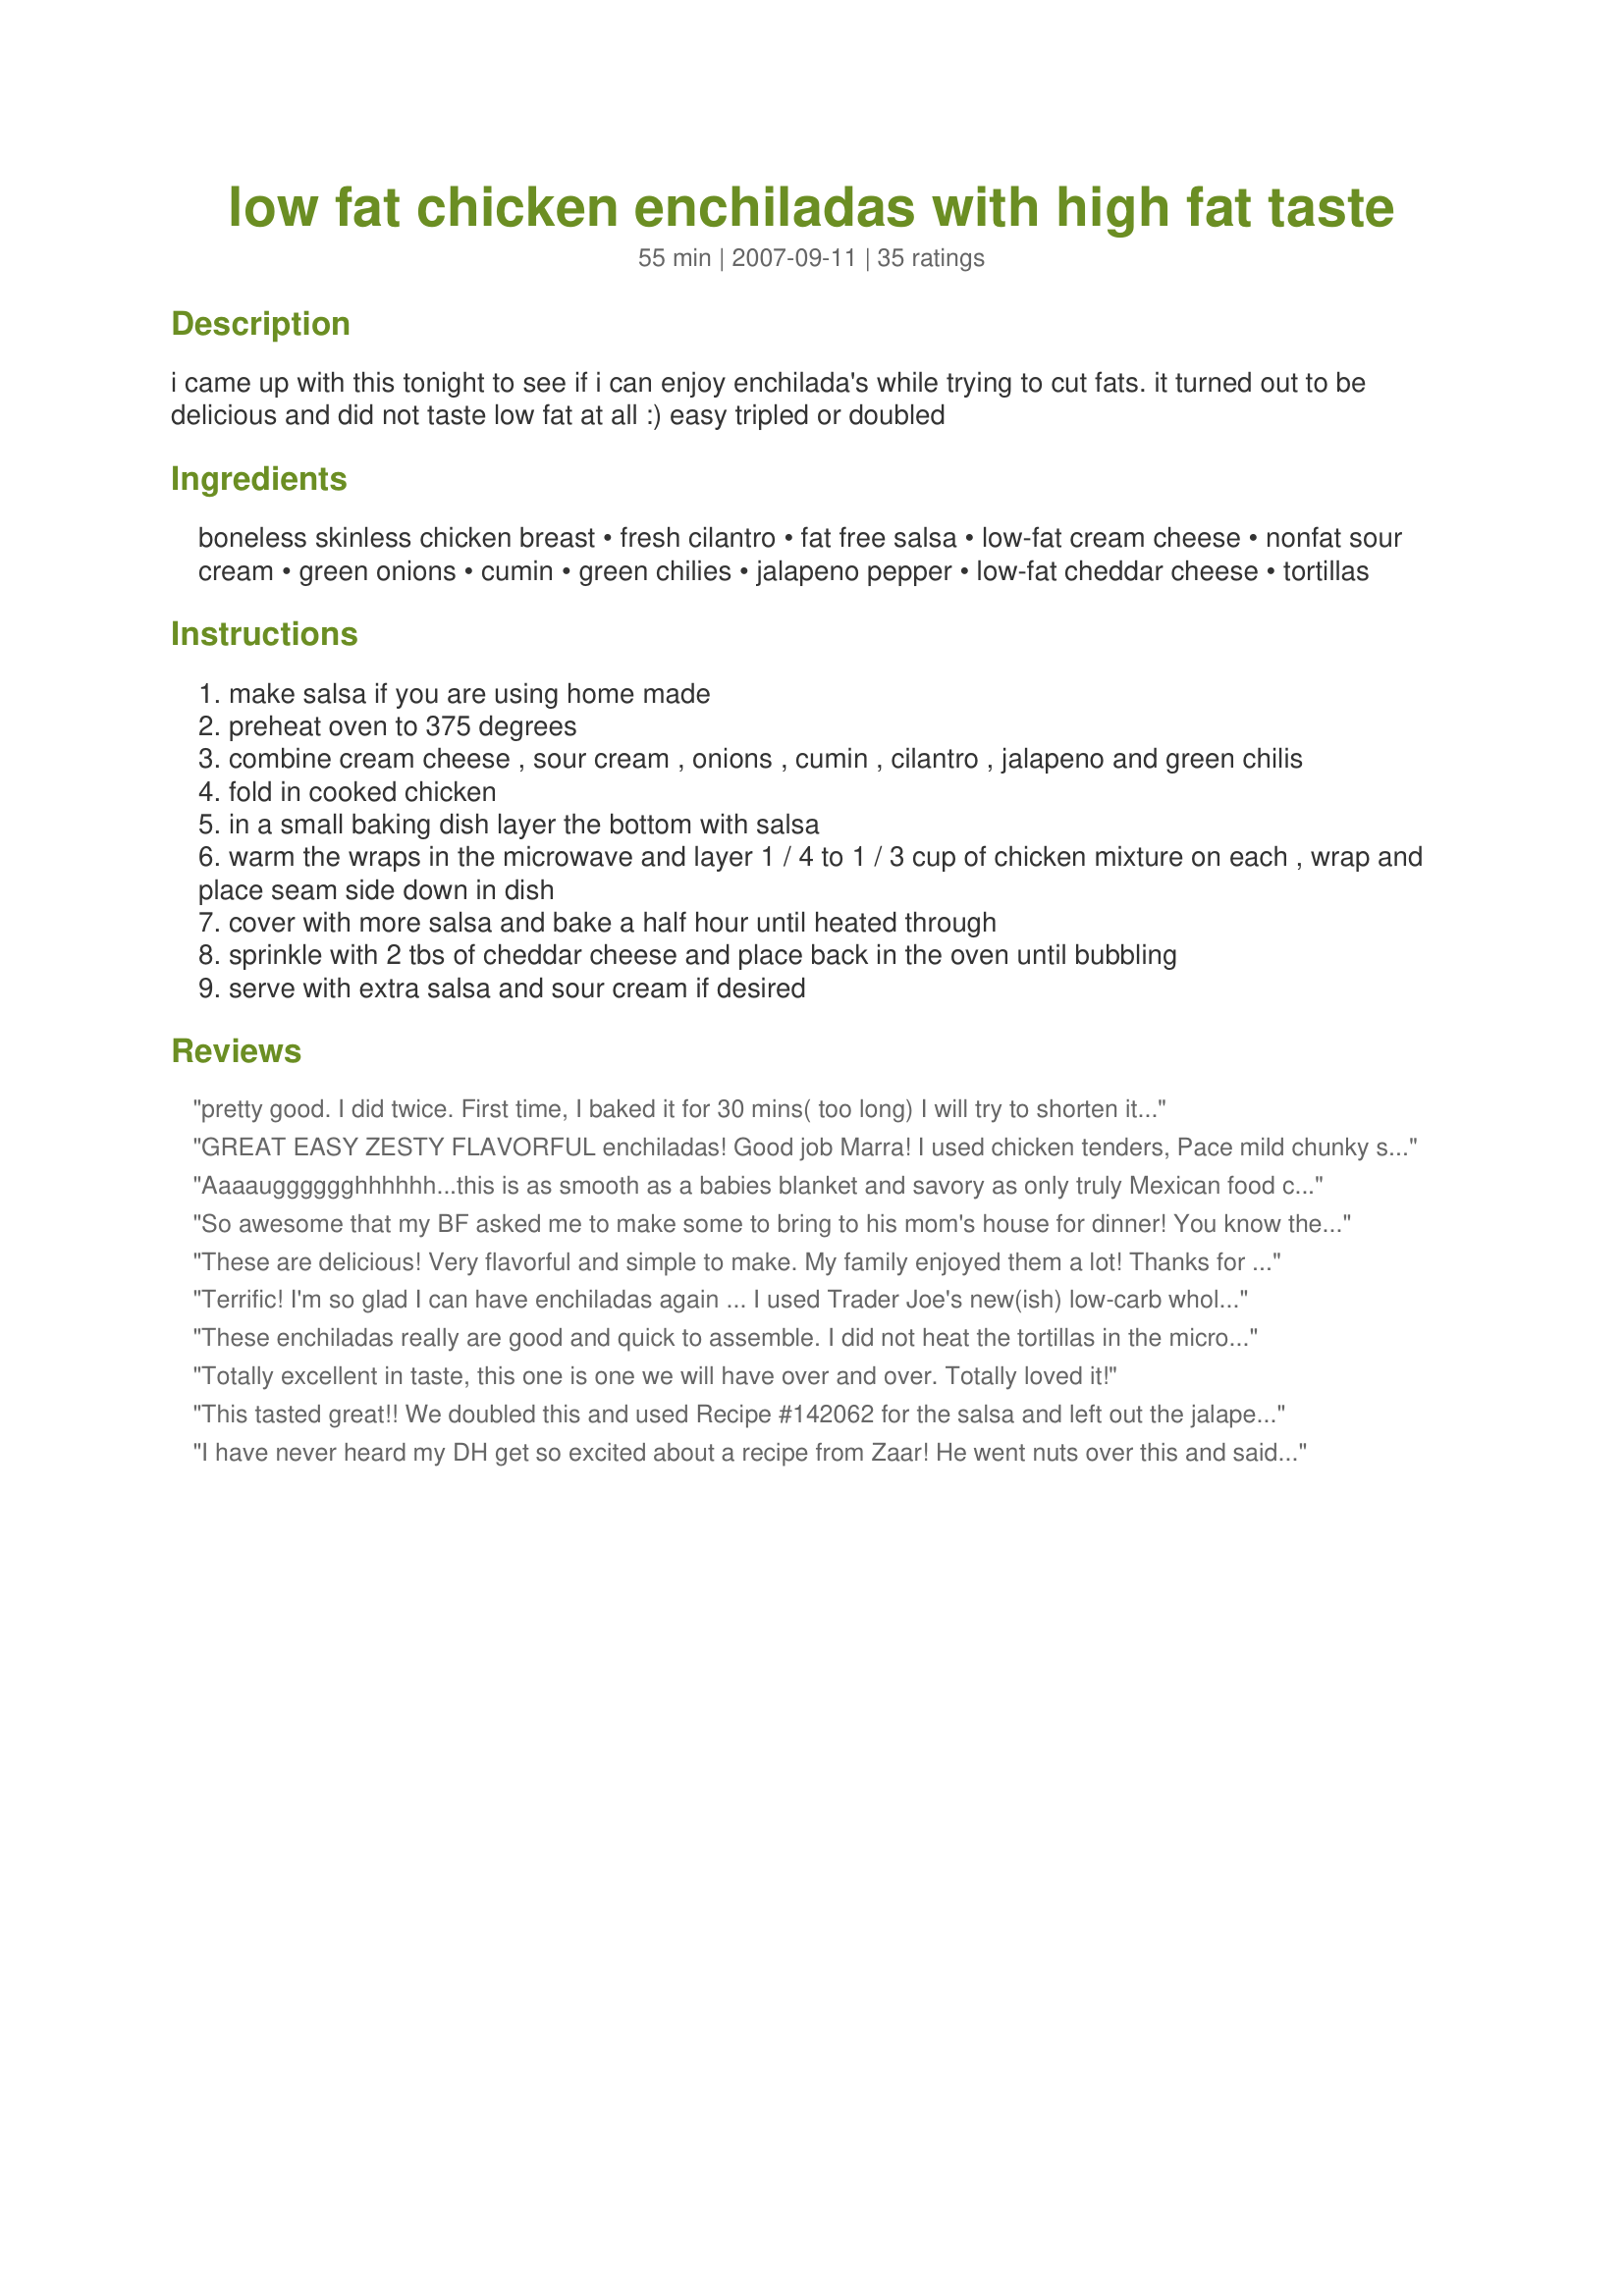
low fat chicken enchiladas with high fat taste
Preparation time: 55 minutes

i came up with this tonight to see if i can enjoy enchilada's while trying to cut fats. it turned out to be delicious and did not taste low fat at all :) easy tripled or doubled

Ingredients:
boneless skinless chicken breast, fresh cilantro, fat free salsa, low-fat cream cheese, nonfat sour cream, green onions, cumin, green chilies, jalapeno pepper, low-fat cheddar cheese, tortillas

Steps:
make salsa if you are using home made
preheat oven to 375 degrees
combine cream cheese , sour cream , onions , cumin , cilantro , jalapeno and green chilis
fold in cooked chicken
in a small baking dish layer the bottom with salsa
warm the wraps in the microwave and layer 1 / 4 to 1 / 3 cup of chicken mixture on each , wrap and place seam side down in dish
cover with more salsa and bake a half hour until heated through
sprinkle with 2 tbs of cheddar cheese and place back in the oven until bubbling
serve with extra salsa and sour cream if desired

Reviews:
pretty good. I did twice. First time, I baked it for 30 mins( too long) I will try to shorten it to 15 mins next time. The 2nd time , I did a small batch , and microwave it. Still taste good!. Remember to cover it before u microwave, the filling could bursts. Thanks for sharing.
GREAT EASY ZESTY FLAVORFUL enchiladas! Good job Marra! I used chicken tenders, Pace mild chunky salsa, neufchatel, regular sour cream, canned jalapenos, 2 percent cheddar and South Beach multi-grain wraps. We loved the cilantro and cumin in it! I used a round cake pan to bake them in. Made for 1-2-3 hit wonders.
Aaaaugggggghhhhhh...this is as smooth as a babies blanket and savory as only truly Mexican food can be. I used a "high octane" salsa, as we (me) love very hot food, and all the rest stayed the same. I included seeds in my pepper. This is wonderful for so many reasons, but most especially, the ease in which this delightful dish can be put together and the ooze of the cheese at it melts right into the the enchiladas. Oh my I also garnished with extra green onions and some more low fat sour cream. Terrific, MarraMamba. Will make this very often!
So awesome that my BF asked me to make some to bring to his mom's house for dinner! You know their good when he suggests that!
These are delicious! Very flavorful and simple to make. My family enjoyed them a lot! Thanks for sharing.
Terrific! I'm so glad I can have enchiladas again ... I used Trader Joe's new(ish) low-carb whole wheat tortillas; I tweaked it a little bit by cutting back on the cream cheese and supplementing it with nonfat yogurt. Threw in some diced miscellaneous veggies in addition to the chicken, to raise the fiber (and lower the WW points). This was just terrific, and a real treat. Thanks for posting this!
These enchiladas really are good and quick to assemble. I did not heat the tortillas in the microwawe since I was making the dish ahead. I saved some of the salsa and served on the side as a condiment along with strained yogurt and guacamole. Easy to make ahead as well.
Totally excellent in taste, this one is one we will have over and over. Totally loved it!
This tasted great!! We doubled this and used Recipe #142062 for the salsa and left out the jalapeno as we made the salsa hot. This was extremely yummy and easy to make and definitely has high fat taste! Thanks for sharing a great recipe that the whole family enjoyed and still fits into my healthier eating plan!!
I have never heard my DH get so excited about a recipe from Zaar! He went nuts over this and said that I have to make this frequently. :) I don't like cilantro and skipped the jalapeno. I loved the cream cheese and the cumin with this. It was delish!!! Made for ZWT5. Thanks!!
This is definitely a keeper. My family loved them. My husband took the leftovers for his lunch and had all his co-workers sniffing and inquiring. They were all asking for the recipe. So I guess they will try them too.
Ok, I have to admit I didn't use the low fat Cheddar, I used Mexican Blend in the ziploc bag, and I used 1/3 less fat cream cheese . The results for us were outstanding! Full of flavor and a dish I will be making many times down the road. This was a real treat for us!
Easy and delicious recipe! Both my husband and I really liked it. Hard to believe it's low fat. While I love all things spicy, I might cut back on the green chiles next time around. Other than that, it was perfect. Even reheated well the next day.
Just outstanding! I doubled the recipe for leftovers. I followed lazyme's suggestion of using half mild and half hot for the salsa, I used the mild salsa on the bottom but for the top of the enchiladas I used hot enchilada sauce. I didn't have a fresh jalapeno so I used pickled jalapeno's, and threw in 3 tbls of low fat shredded cheese in the chicken mixture. We really enjoyed them, they had just the right amount of spice. Thanks MarraMamba for posting.
I didn't suse low fat anything to make these and made using Mexican cheese blend cheese, because that's what I had on hand. These were chuck full of chicken, just the way we like them. I doubled the recipe to freeze some for later. These were amazing! Topped with sour cream and salsa we enjoyed them so much! I made Recipe #57131 to go with them and we were very happy during this meal! Thanks Marra!
These were excellent...I used whole wheat tortilla wraps and you would never had guessed that they were healthy for you....great recipe.
This was excellent. I used some drained yogurt instead of cream cheese because that's what I had. I also used 4 corn 7 inch tortillas. The jalapeno gave it a nice bite.
I'm not a fanatic when it comes to cutting fat but did want to make this recipe as written (though I omitted the jalapeno!)to see how it would turn out! ABSOLUTELY GREAT TASTING & a real keeper of a recipe! Thanks so much! [Tagged, made & reviewed in Zaar Stars]
You are right, no one knew these were low fat. I took them to a super bowl party so that I would have something there I knew wouldn't totally kill my diet. The men devoured these, I didn't even get one. So, I guess I got to make them again soon. Thanks. made for best of 2008 tag game.
We actually found these to be a little dry...maybe I'm just too used to the high fat version :) I made this twice, once to put into the freezer for Freezer Tag - which was a disaster! I made it again and had much better results, but still not quite what I had hoped for. We found them to be more like chimichangas...maybe our salsa was too thick? It seemed to crust on instead of staying moist, and the tortillas browned and crisped like chimis. I'm too spoiled being on the border here in AZ LOL!
It was just plain tasty. I don't care about the low fat- it certainly doesn't taste it. Certainly something I am going to ask for again.
This is outstanding! I'm always in awe of people who can create dishes - I'm not creative and have a need to follow recipes. I was somewhat skeptical about this at the beginning that it would lack the 'promised' high fat taste. I was very pleaantly surprised. I used 2 burrito sized tortillas and only made 2 huge enchiladas. I used 1/2 mild salsa and 1/2 hot salsa. These were a huge hit, and served with fat-free refried beans and a corn and zucchini side dish. Thanks Marra for a great low-fat dish that I will certainly have again and pass along!
Very goodand easy to make. I will be making this again and again!
Marra, these are to die for! I had with some Spanish Rice and it was a fantastic meal! Best Enchiladas I have ever had! Elaine
I made these last night and they were a huge hit with my husband and I. I had to use a lot more sour cream and cream cheese than the recipe called for and doubled everything else! THey were very very tasty! We will definitely have these again!
I took a few liberties with the recipe using red chili sauce in place of the salsa and yogurt for sour cream. The tortillas were white corn. This was topped off with additional plain yogurt. It was served with a side salad and recipe #238452.
I can see why everyone is liking these so much. After reading Linda's comments I just had to try it! The pictures are enough to make want to try it and soon! Ann
EXCELLENT! If you like Enchilladas you will LOVE these! I made 2 large Enchilladas, and ate one and froze one. I wanted to eat both of them, but felt like a pig, so I didn't :D I will definately be passing on this recipe and making many more times in the future... One of the best recipes I have made on Zaar. Made for Zaar Stars Tag Game. ********** Update 11-23-08 I made a 7 batch recipe to make these for my whole family that produced 21 huge enchiladas, as you can see from the pictures. We had 10 adults eating, and all of us had one except my nephew who had 2, as they are so filling. We had half of them leftover and we sent some home with everyone to have for lunch or a snack. They are so delicious!!! I used 2 16 oz. pkgs of cheese, and it wasn't low fat (1 cheddar and one Mexican cheese blend) this time around. I got so many compliments from these from my family and I don't mean they just LIKED them, they LOVED THEM!!! Everyone said they were better than in the Mexican restaurant, and even my BIL who isn't crazy about Mexican, LOVED these!!! I have made these several times now and each time I enjoy them so much. I had with Pot Scrubber's Mexican Rice and that was awesome too, and a great accompaniment to the enchiladas!!! Thanks Marra for taking the time to share this with us here on Zaar! Linda
These are awesome! I may have added a tad more sour cream on top of mine, but who cares - It was low fat! Thanks Marra!
Made exactly as written - had hoped for something better given all the reviews. Neither my DH nor I cared for this. I will keep looking for the "perfect" enchilada recipe.
This made for a really tasty mid week dinner, that the entire family demolished...even the children polished them off, and they're not keen on cheesy/creamy enchiladas at all.<br/>I am hanging on to this one to make again.<br/>Made for PRMR.
These are GREAT! To use what I had on hand, I did make a few changes. Instead of canned green chilies, I used fresh roasted green chilies. Also used 1/2 Monterey Jack cheese and 1/2 Manchego cheese. Also used a green sauce instead of red. Made for ZWT5, Mexico. Thanks so much for sharing
What a quick and super dish this is -perfectly balanced flavors and creamy as heck! Using leftover baked chicken breasts, I had this ready for the oven in less than 10 minutes. I fully stuffed (5) La Tortilla Factory whole wheat, low carb/low fat tortillas and it fed the two of us well. DH never had a clue that he was eating low-fat. ;-) Thanks for sharing this keeper!
I changed these up just a tad but they still came out very delicious. I didn't have any breasts but I did have 5 tenders so I used those. I also used Old El Paso red enchilada sauce in place of the salsa. I left out the green onions, don't like them much. I also didn't have any cilantro but definitely plan on using some next time I make these. Also on top I used a mixture of fat-free cheese and full-fat cheese. These enchiladas were SO good served with fat-free refried beans; I will definitely be making them again! Thanks for the recipe!
these are great i used a green salsa i got from walmart that i love they are simple easy to do and taste great
